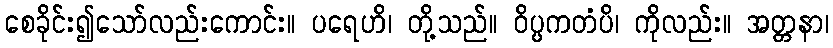
စေခိုင်း၍သော်လည်းကောင်း။ ပရေဟိ၊ တို့သည်။ ဝိပ္ပကတံပိ၊ ကိုလည်း။ အတ္တနာ၊